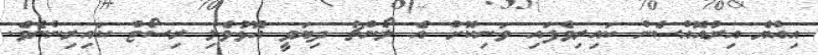
އިއްޔެ އިރުއޮއްސެން ކައިރިވެފައި ވަނިކޮށް އެ ލޯންޗު ދިޔަވީ އޮޅުވެލި ރިސޯޓް ކައިރިންނެވެ.